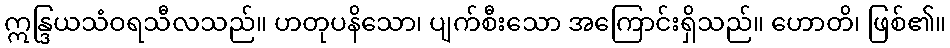
ဣန္ဒြယသံဝရသီလသည်။ ဟတုပနိသော၊ ပျက်စီးသော အကြောင်းရှိသည်။ ဟောတိ၊ ဖြစ်၏။